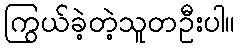
ကြွယ်ခဲ့တဲ့သူတဦးပါ။